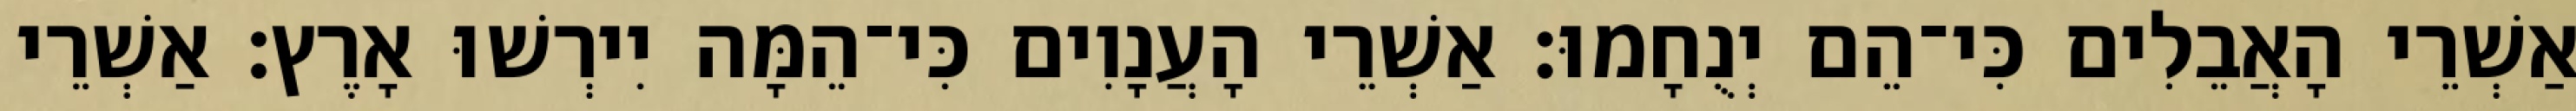
אַשְׁרֵי הָאֲבֵלִים כִּי־הֵם יְנֻחָמוּ׃ אַשְׁרֵי הָעֲנָוִים כִּי־הֵמָּה יִירְשׁוּ אָרֶץ׃ אַשְׁרֵי